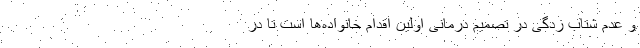
و عدم شتاب زدگی در تصمیم درمانی اولین اقدام خانواده‌ها است تا در